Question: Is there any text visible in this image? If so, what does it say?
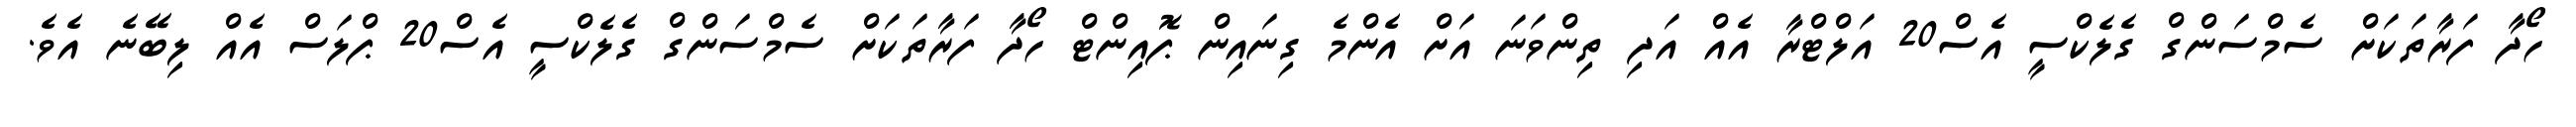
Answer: ހޯދާ ފަރާތަކަށް ސެމްސަންގް ގެލެކްސީ އެސް20 އަލްޓްރާ އެއް އަދި ތިންވަނަ އަށް އެންމެ ގިނައިން ޕޮއިންޓް ހޯދާ ފަރާތަކަށް ސެމްސަންގް ގެލެކްސީ އެސް20 ޕްލަސް އެއް ލިބޭނެ އެވެ.